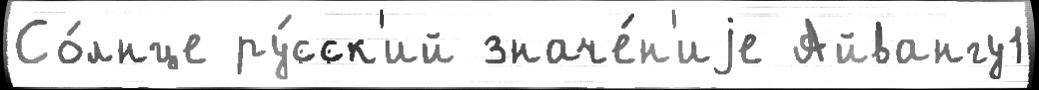
Со́лнце ру́сск'ий значе́н'иjе Айвангу1